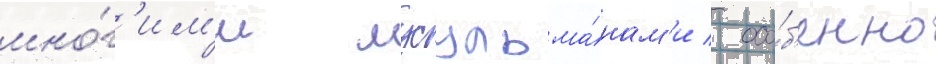
мно́г'им'и мусульма́нам'и / осо́б'енно